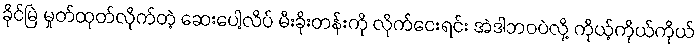
ခိုင်မြဲ မှုတ်ထုတ်လိုက်တဲ့ ဆေးပေါ့လိပ် မီးခိုးတန်းကို လိုက်ငေးရင်း အဲဒါဘဝပဲလို့ ကိုယ့်ကိုယ်ကိုယ်